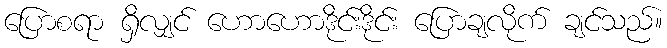
ပြောစရာ ရှိလျှင် ဟောဟောဒိုင်းဒိုင်း ပြောချလိုက် ချင်သည်။